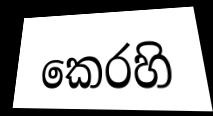
කෙරහි